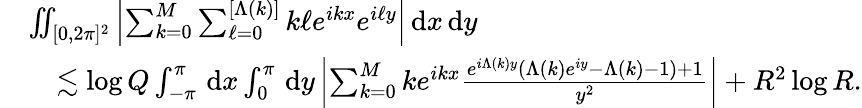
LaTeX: \begin{array}{rl}&{\iint_{[0,2\pi]^{2}}\left\vert\sum_{k=0}^{M}\sum_{\ell=0}^{[\Lambda(k)]}k\ell e^{ikx}e^{i\ell y}\right\vert\, \textnormal{d}x\, \textnormal{d}y}\\ &{\quad\lesssim\log Q\int_{-\pi}^{\pi}\, \textnormal{d}x\int_{0}^{\pi}\, \textnormal{d}y\left\vert\sum_{k=0}^{M}ke^{ikx}\frac{e^{i\Lambda(k)y}(\Lambda(k)e^{iy}-\Lambda(k)-1)+1}{y^{2}}\right\vert+R^{2}\log R.}\end{array}